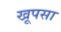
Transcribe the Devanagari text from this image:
खूपसा